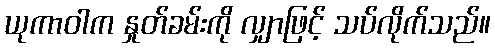
ယုကာဝါက နှုတ်ခမ်းကို လျှာဖြင့် သပ်လိုက်သည်။